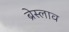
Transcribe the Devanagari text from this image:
ब्रेस्लाव